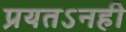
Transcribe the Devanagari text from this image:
प्रयतऽनही